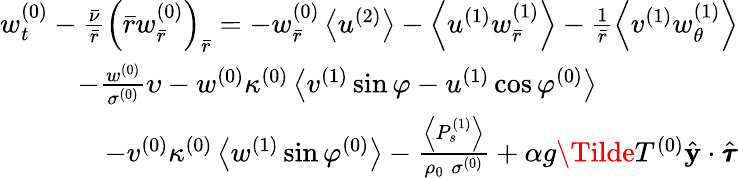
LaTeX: \begin{array}{r}{w_{t}^{(0)}-\frac{\bar{\nu}}{\bar{r}}\left(\bar{r}w_{\bar{r}}^{(0)}\right)_{\bar{r}}=-w_{\bar{r}}^{(0)}\left<u^{(2)}\right>-\left<u^{(1)}w_{\bar{r}}^{(1)}\right>-\frac{1}{\bar{r}}\left<v^{(1)}w_{\theta}^{(1)}\right>}\\ {-\frac{w^{(0)}}{\sigma^{(0)}}\upsilon-w^{(0)}\kappa^{(0)}\left<v^{(1)}\sin\varphi-u^{(1)}\cos\varphi^{(0)}\right>\quad\quad\quad\quad\quad}\\ {-v^{(0)}\kappa^{(0)}\left<w^{(1)}\sin\varphi^{(0)}\right>-\frac{\left<P_{s}^{(1)}\right>}{\rho_{0}\; \sigma^{(0)}}+\alpha g\Tilde{T}^{(0)}\hat{\mathbf{y}}\cdot\hat{\pmb{\tau}}}\end{array}